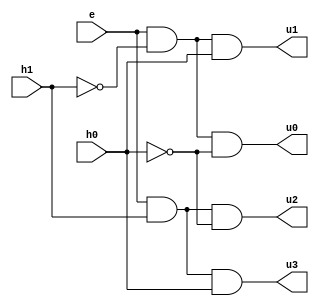
`timescale 1ns/1ps

module two_to_four_decoder (
    input e, input h0, input h1,
    output wire u0, output wire u1, output wire u2, output wire u3
);
    assign u0 = (e & ~h1 & ~h0);
    assign u1 = (e & ~h1 & h0);
    assign u2 = (e & h1 & ~h0);
    assign u3 = (e & h1 & h0);

endmodule